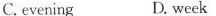
C.evening D.week